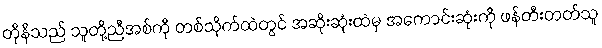
တိုနီသည် သူတို့ညီအစ်ကို တစ်သိုက်ထဲတွင် အဆိုးဆုံးထဲမှ အကောင်းဆုံးကို ဖန်တီးတတ်သူ